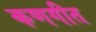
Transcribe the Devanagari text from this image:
कणगीत